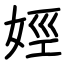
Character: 娙